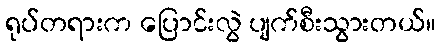
ရုပ်တရားက ပြောင်းလွဲ ပျက်စီးသွားတယ်။